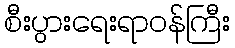
စီးပွားရေးရာဝန်ကြီး